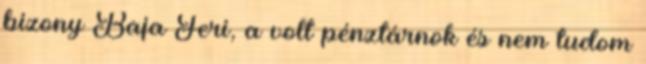
bizony Baja Feri, a volt pénztárnok és nem tudom